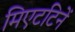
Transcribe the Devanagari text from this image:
मिएटटिनें